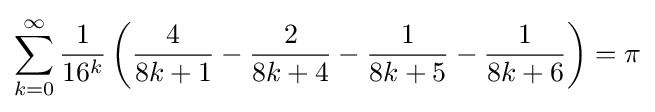
\sum _{k=0}^{\infty }{\frac {1}{16^{k}}}\left({\frac {4}{8k+1}}-{\frac {2}{8k+4}}-{\frac {1}{8k+5}}-{\frac {1}{8k+6}}\right)=\pi